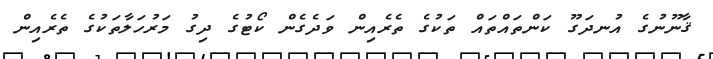
ޤާނޫނުގެ އުނދަގޫ ކަންތައްތައް ތަކުގެ ތެރެއިން ވަދެގެން ކޯޓުގެ ދިގު މަރުހަލާތަކުގެ ތެރެއިން